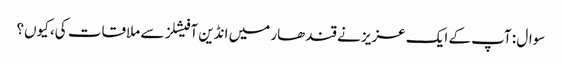
سوال : آپ کے ایک عزیز نے قندھار میں انڈین آفیشلز سے ملاقات کی، کیوں؟